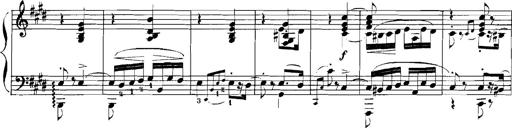
Title: Rhapsodies hongroises
Composer: Franz Liszt